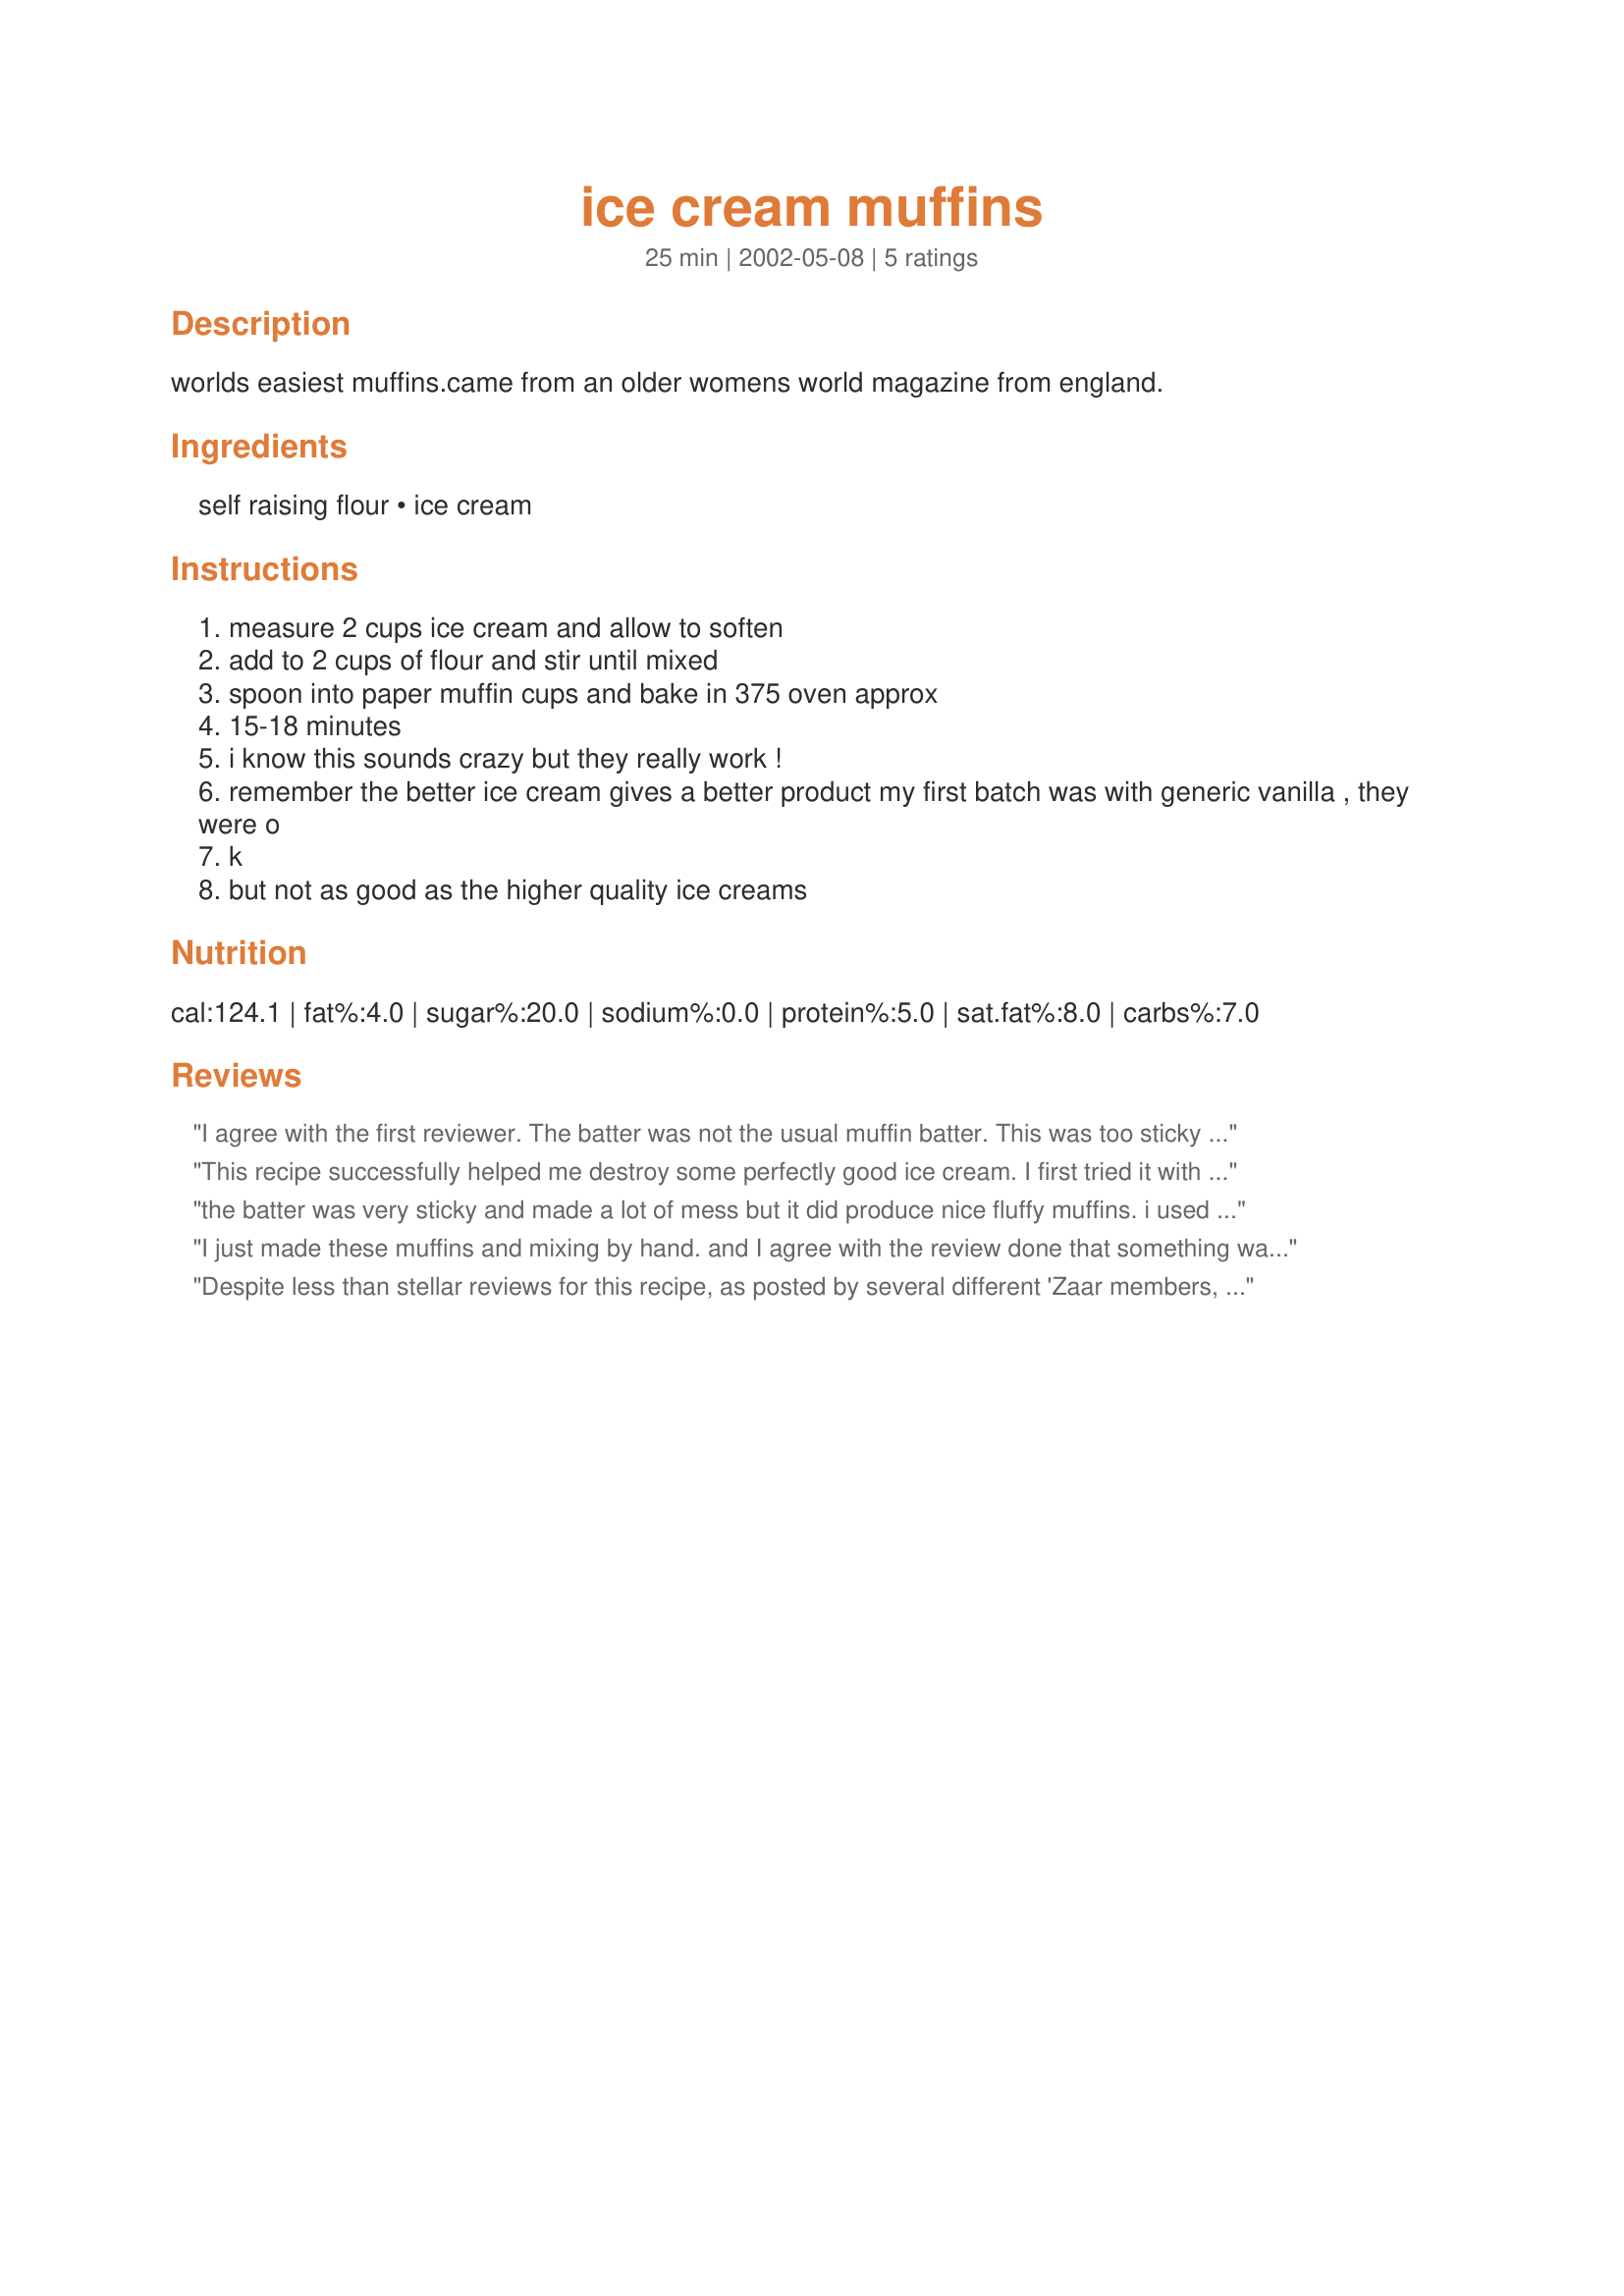
ice cream muffins
Preparation time: 25 minutes

worlds easiest muffins.came from an older womens world magazine from england.

Ingredients:
self raising flour, ice cream

Steps:
measure 2 cups ice cream and allow to soften
add to 2 cups of flour and stir until mixed
spoon into paper muffin cups and bake in 375 oven approx
15-18 minutes
i know this sounds crazy but they really work !
remember the better ice cream gives a better product my first batch was with generic vanilla , they were o
k
but not as good as the higher quality ice creams

Reviews:
I agree with the first reviewer. The batter was not the usual muffin batter. This was too sticky and infact pretty difficult to handle if you used an electric mixer like I did to mix the ice cream and flour. You had little specs of flour and ice cream flying all over the kitchen countertop. The muffins were ready in 15 minutes. I baked at 200C. I used Fruit Salad ice-cream(the latest family favourite in this household!). Even though the muffins rose well, they didn't have much flavour(infact hardly any flavour at all). I drizzled some Hershey's Strawberry syrup on them and garnished with some chocolate shavings before serving alingside some pistachio ice-cream. I called it a "Cocktail dessert" to make it more interesting for the family to dig in. Flavourings, for sure, will improve this - probably some vanilla essence, some sugar(definitely), some maple syrup and other flavourings.
This recipe successfully helped me destroy some perfectly good ice cream. I first tried it with vanilla thinking it would be pretty good, the taste however was not good at all I even used name brand ice cream. I fed that batch to the dogs. I then, being the optomistic person I am thought I would try it with a more flovorful ice cream, mint chip, my favorite. This batch was only slightly better and I could only force myself to eat one with a large amount of cool whip on top. So my advice is if you are looking to waste your time and ruin ice cream make this. No offense to the person who submitted this recipe.
the batter was very sticky and made a lot of mess but it did produce nice fluffy muffins. i used chocolate ice-cream and they didnt have much flavour, maybe adding flavourings would improve it.
I just made these muffins and mixing by hand. and I agree with the review done that something was missing in the taste. I added 4 tbsp sugar and 2 tsp rum extract and still something was missing. Maybe a citrus flavoring would be better than the rum. It is easy to make, but a texture that is different from the regular muffins batter.
Despite less than stellar reviews for this recipe, as posted by several different 'Zaar members, I thought it too interesting to not try for myself at least once. Well, all I can say is that I'm glad I halved the recipe. I used Mayfield Moose Tracks ice cream, thinking the swirls of chocolate and peanut butter cups would come through in the muffins, but they didn't. The muffins themselves were dense and flavorless, even with the addition of 1 tsp. of vanilla and a bit of sugar into the batter. Nobody liked them and we had to throw the rest of the batch away.
